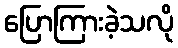
ပြောကြားခဲ့သလို